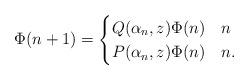
LaTeX: \begin{align*} \Phi(n+1)=\begin{cases}Q(\alpha_n,z)\Phi(n)& n \\P(\alpha_n,z)\Phi(n)& n .\end{cases}\end{align*}